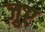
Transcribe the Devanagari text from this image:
ज़ुर